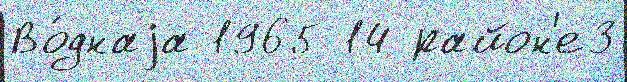
Во́днаjа 1965 14 район'е3